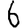
Digit: 6